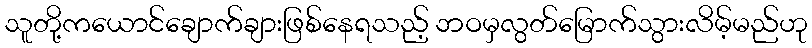
သူတို့ကယောင်ချောက်ချားဖြစ်နေရသည့် ဘဝမှလွတ်မြောက်သွားလိမ့်မည်ဟု